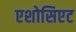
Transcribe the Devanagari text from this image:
एशोसिएट